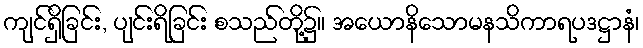
ကျင်ရှိခြင်း, ပျင်းရိခြင်း စသည်တို့၌။ အယောနိသောမနသိကာရပဒဋ္ဌာနံ၊